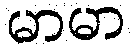
မာမာ